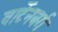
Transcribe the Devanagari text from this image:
वार्टेनबर्ग